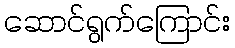
ဆောင်ရွက်ကြောင်း